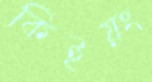
কিইয়ং